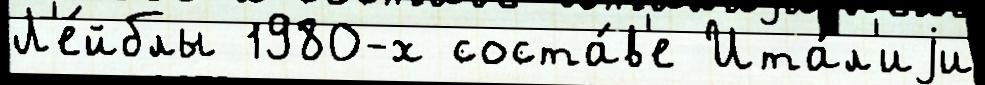
Л'е́йблы 1980-х соста́в'е Ита́л'иjи